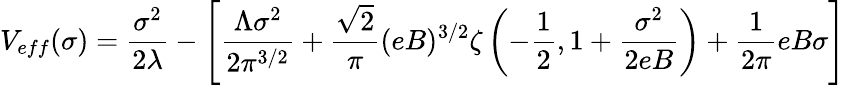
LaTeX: V_{eff}(\sigma)={\frac{\sigma^{2}}{2\lambda}}-\left[\frac{\Lambda\sigma^{2}}{2\pi^{3/2}}+\frac{\sqrt{2}}{\pi}(eB)^{3/2}\zeta\left(-\frac{1}{2},1+\frac{\sigma^{2}}{2eB}\right)+\frac{1}{2\pi}eB\sigma\right]